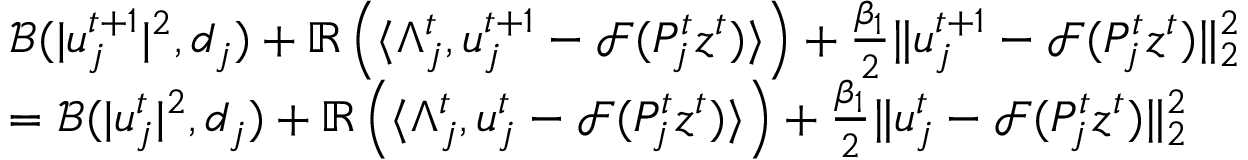
\begin{array} { r l } & { \mathcal { B } ( | u _ { j } ^ { t + 1 } | ^ { 2 } , d _ { j } ) + \mathbb { R } \left( \langle \Lambda _ { j } ^ { t } , u _ { j } ^ { t + 1 } - \mathcal { F } ( P _ { j } ^ { t } z ^ { t } ) \rangle \right) + \frac { \beta _ { 1 } } { 2 } \| u _ { j } ^ { t + 1 } - \mathcal { F } ( P _ { j } ^ { t } z ^ { t } ) \| _ { 2 } ^ { 2 } } \\ & { = \mathcal { B } ( | u _ { j } ^ { t } | ^ { 2 } , d _ { j } ) + \mathbb { R } \left( \langle \Lambda _ { j } ^ { t } , u _ { j } ^ { t } - \mathcal { F } ( P _ { j } ^ { t } z ^ { t } ) \rangle \right) + \frac { \beta _ { 1 } } { 2 } \| u _ { j } ^ { t } - \mathcal { F } ( P _ { j } ^ { t } z ^ { t } ) \| _ { 2 } ^ { 2 } } \end{array}